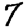
Digit: 7